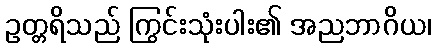
ဥတ္တရိသည် ကြွင်းသုံးပါး၏ အညဘာဂိယ၊